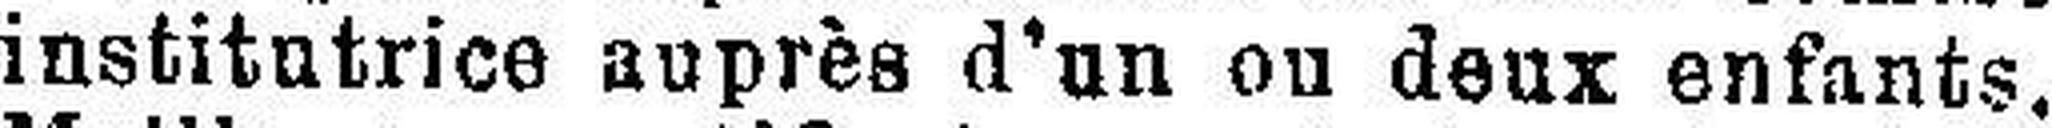
institutrice auprès d’un ou deux enfants.